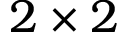
2 \times 2